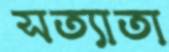
সত্যাতা